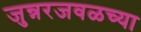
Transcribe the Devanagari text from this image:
जुन्नरजवळच्या